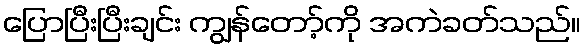
ပြောပြီးပြီးချင်း ကျွန်တော့်ကို အကဲခတ်သည်။